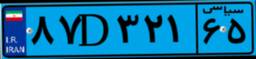
۸۷D۳۲۱۶۵